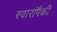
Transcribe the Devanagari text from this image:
स्वारांपैकी